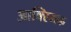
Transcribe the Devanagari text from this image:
आक्स्मिक